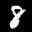
Label: 8